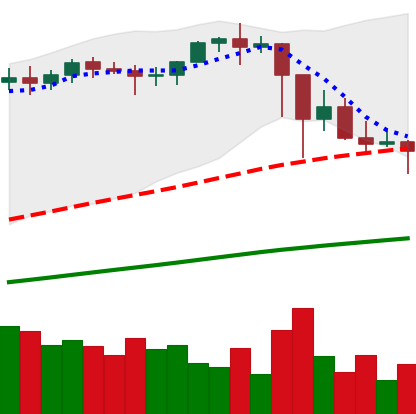
Ticker: ETH-USD
Chart end date: 2021-02-28
Forward return: 8.278%
Label: up_7plus